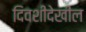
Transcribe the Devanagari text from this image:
दिवशीदेखील